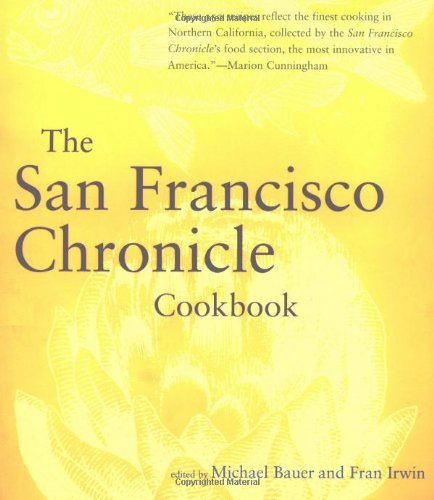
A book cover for The San Francisco Chronicle Cookbook; Cookbooks, Food & Wine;